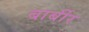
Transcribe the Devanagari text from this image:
बार्बीर